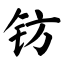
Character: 钫